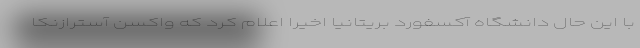
با این حال دانشگاه آکسفورد بریتانیا اخیرا اعلام کرد که واکسن آسترازنکا